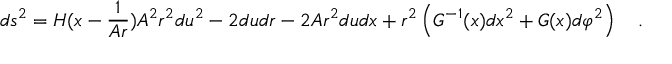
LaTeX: d s ^ { 2 } = H ( x - \frac { 1 } { A r } ) A ^ { 2 } r ^ { 2 } d u ^ { 2 } - 2 d u d r - 2 A r ^ { 2 } d u d x + r ^ { 2 } \left( G ^ { - 1 } ( x ) d x ^ { 2 } + G ( x ) d \varphi ^ { 2 } \right) \quad .